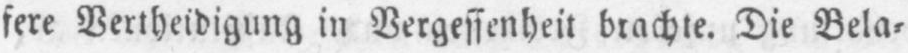
fere Vertheidigung in Vergessenheit brachte. Die Bela⸗